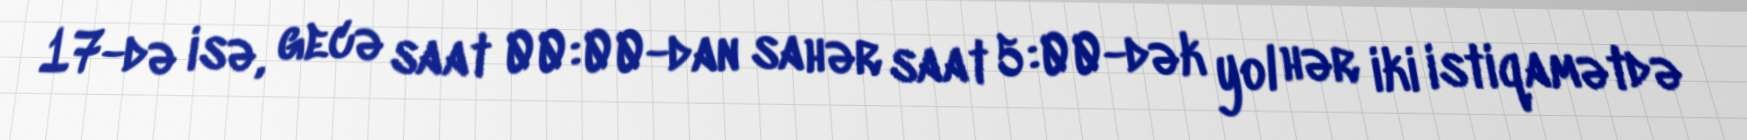
17-də isə, gecə saat 00:00-dan sahər saat 5:00-dək yol hər iki istiqamətdə